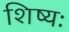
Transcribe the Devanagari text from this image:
शिष्यः